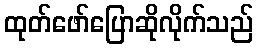
ထုတ်ဖော်ပြောဆိုလိုက်သည်